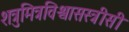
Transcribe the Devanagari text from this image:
शत्रुमित्रविश्वासस्त्रीसी